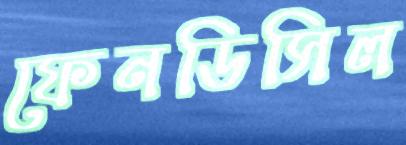
ফেনডিসিল